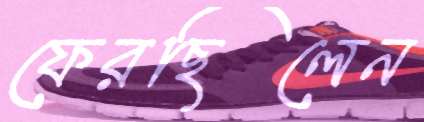
ফেরছিলেন